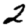
Digit: 2